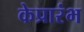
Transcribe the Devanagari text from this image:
केप्रारंभ